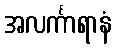
အလင်္ကာရာနံ